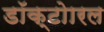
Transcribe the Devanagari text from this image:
डॉक्टोारल